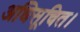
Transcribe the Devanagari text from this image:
अधिसूचित।